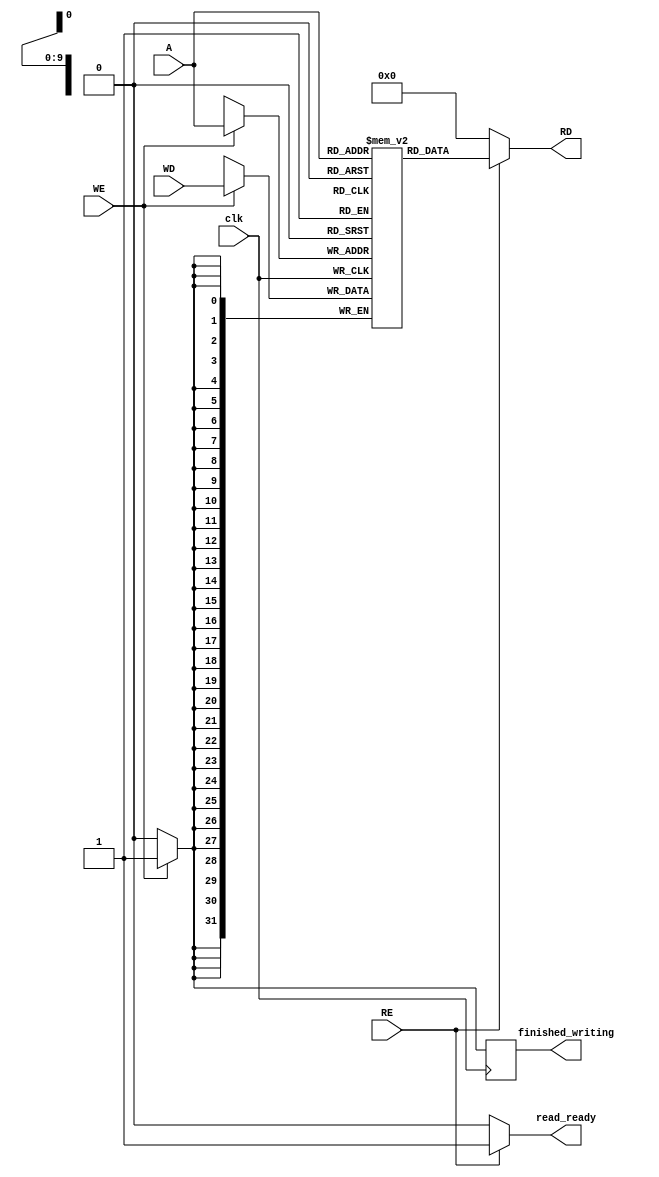
module data_memory #(parameter width = 32, depth = 1024)(//4KB
input wire clk,
input wire [$clog2(depth)-1:0] A,
input wire WE,RE,
input wire [width-1:0] WD,

output reg read_ready, finished_writing,
output reg [width-1:0] RD );
  
reg [width-1:0] mem [depth-1:0];

//-----------------main code------------------
always @(posedge clk)
  begin
  if (WE)
  begin
      mem[A] <= WD;
      finished_writing <= 1;
  end
  else 
      finished_writing <= 0;
  end

always @(*)
  begin
  if(RE)
  begin
    RD = mem[A];
    read_ready = 1;
  end
  else
  begin
    RD = 0;
    read_ready = 0;
  end
  end
endmodule